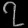
Digit: ၇